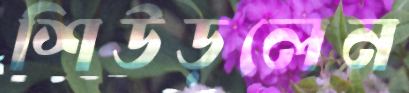
শিউড়লেন